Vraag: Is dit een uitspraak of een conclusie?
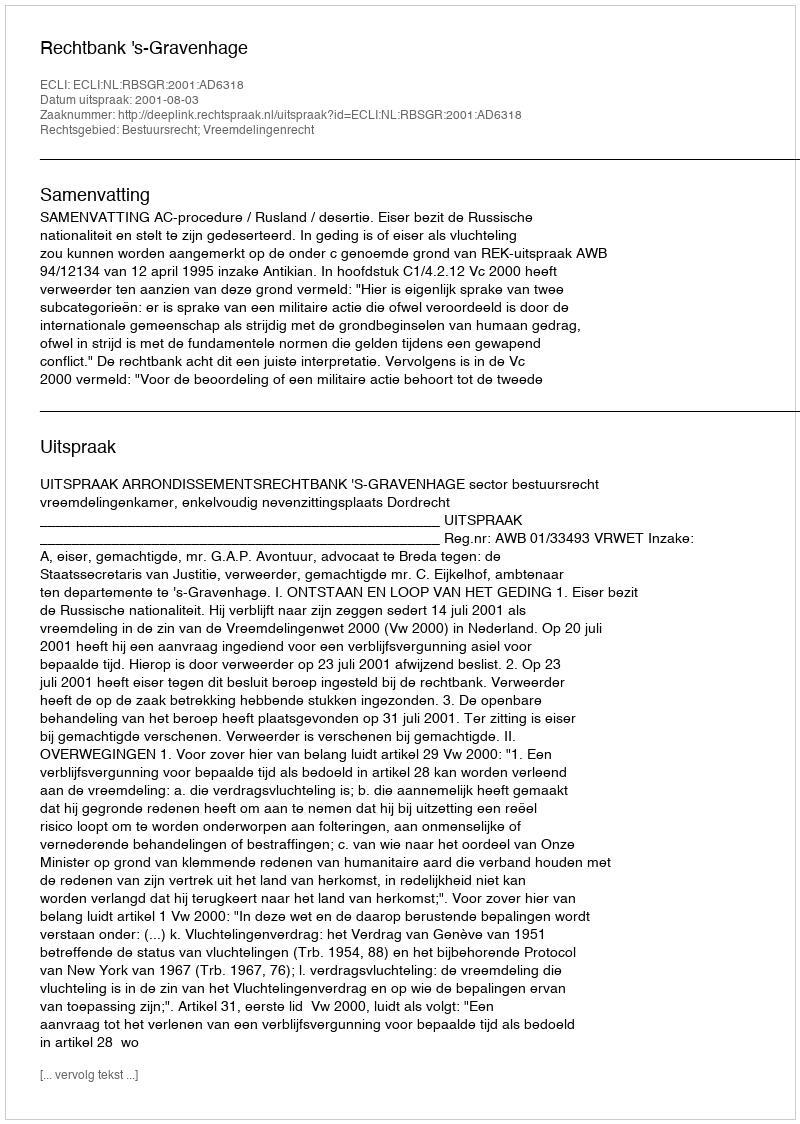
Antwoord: Uitspraak